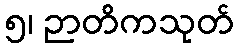
၅၊ ဉာတိကသုတ်